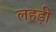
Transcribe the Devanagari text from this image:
लहड़ी